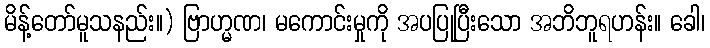
မိန့်တော်မူသနည်း။) ဗြာဟ္မဏ၊ မကောင်းမှုကို အပပြုပြီးသော အဘိဘူရဟန်း။ ခေါ၊